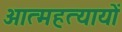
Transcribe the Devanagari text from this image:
आत्महत्यायों